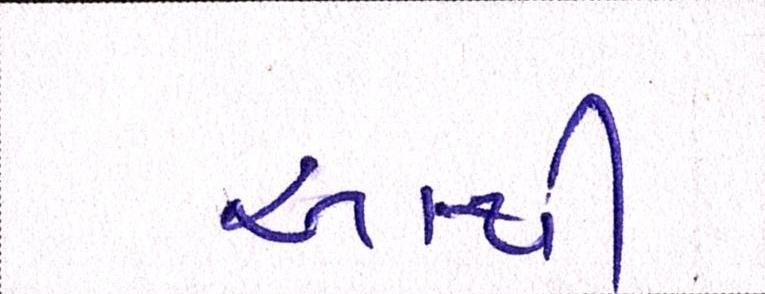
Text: આથી